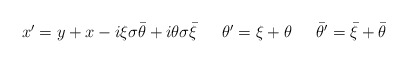
\begin{align*}\begin{array}{lll}x^{\prime}=y+x-i\xi\sigma\bar{\theta}+i\theta\sigma\bar{\xi}~&~ \theta^{\prime}=\xi+\theta~&~\bar{\theta}^{\prime}=\bar{\xi}+\bar{\theta}\end{array}\end{align*}